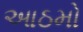
આઠમો